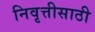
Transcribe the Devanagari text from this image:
निवृत्तीसाठी